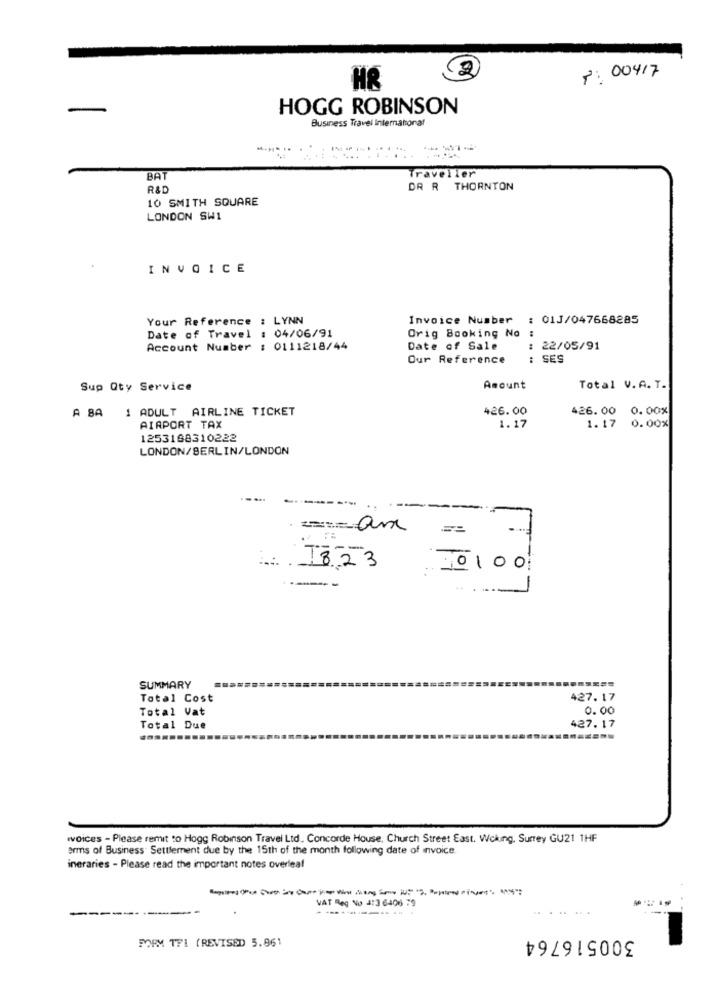
7: 00417
2
HR
HOGG ROBINSON
Business Travel International
---
... ...
BA
Traveller
R&D
DR R THORNTON
10 SMITH SQUARE
LONDON SW1
INVOICE
Your Reference : LYNN
Invoice Number : 01J/047668285
Date of Travel : 04/06/91
Orig Booking No :
Account Number : 0111218/44
Date of Sale
: 22/05/91
Our Reference
: SES
Sup Qty Service
Amount
Total V.A. T.
A BA 1 ADULT AIRLINE TICKET
426.00
426.00
0.00%
AIRPORT TAX
1.17
1.17
0.00%
1253168310222
LONDON/BERLIN/LONDON
.....
..
-am
--
--
1823
0100
===
SUMMARY
Total Cost
427.17
Total Vat
0.00
Total Due
427.17
woices - Please remit to Hogg Robinson Travel Ltd. Concorde House, Church Street East. Woking, Surrey GU21 1HF
arms of Business Settlement due by the 15th of the month following date of invoice.
ineraries - Please read the important notes overleaf
VAT Reg No 4:3 6406 79
--
---
300516764
FORM TFI (REVISED 5.961